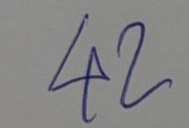
42